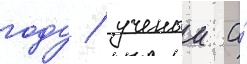
году / ученыи а́